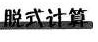
脱式计算